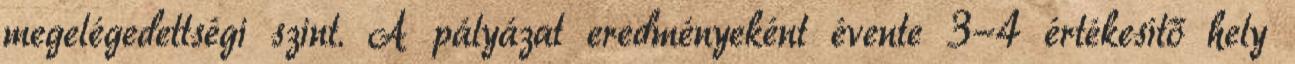
megelégedettségi szint. A pályázat eredményeként évente 3-4 értékesítő hely